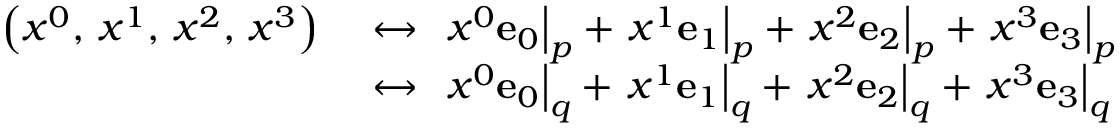
{ \begin{array} { r l } { \left( x ^ { 0 } , \, x ^ { 1 } , \, x ^ { 2 } , \, x ^ { 3 } \right) \ } & { \leftrightarrow \ \left. x ^ { 0 } \mathbf { e } _ { 0 } \right| _ { p } + \left. x ^ { 1 } \mathbf { e } _ { 1 } \right| _ { p } + \left. x ^ { 2 } \mathbf { e } _ { 2 } \right| _ { p } + \left. x ^ { 3 } \mathbf { e } _ { 3 } \right| _ { p } } \\ & { \leftrightarrow \ \left. x ^ { 0 } \mathbf { e } _ { 0 } \right| _ { q } + \left. x ^ { 1 } \mathbf { e } _ { 1 } \right| _ { q } + \left. x ^ { 2 } \mathbf { e } _ { 2 } \right| _ { q } + \left. x ^ { 3 } \mathbf { e } _ { 3 } \right| _ { q } } \end{array} }